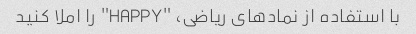
با استفاده از نمادهای ریاضی، "HAPPY" را املا کنید